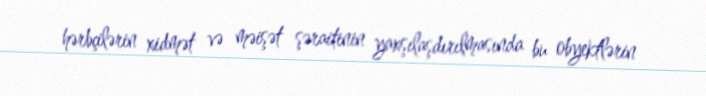
hərbçilərin xidmət və məişət şəraitinin yaxşılaşdırılmasında bu obyektlərin